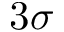
3 \sigma